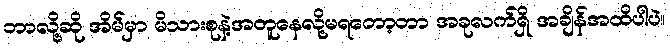
ဘာလို့ဆို အိမ်မှာ မိသားစုနဲ့အတူနေလို့မရတော့တာ အခုလက်ရှိ အချိန်အထိပါပဲ။